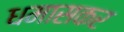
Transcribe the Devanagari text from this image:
धमासकर